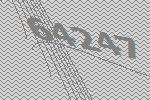
64247